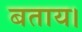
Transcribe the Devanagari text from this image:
बताय।